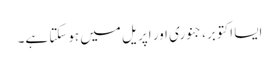
ایسا اکتوبر، جنوری اور اپریل میں ہوسکتا ہے۔